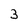
Character: 3